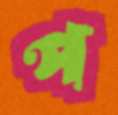
প